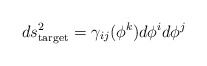
\begin{align*}ds^2_{\rm target} = \gamma_{ij}(\phi^k) d\phi^i d\phi^j\end{align*}